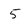
Character: 5